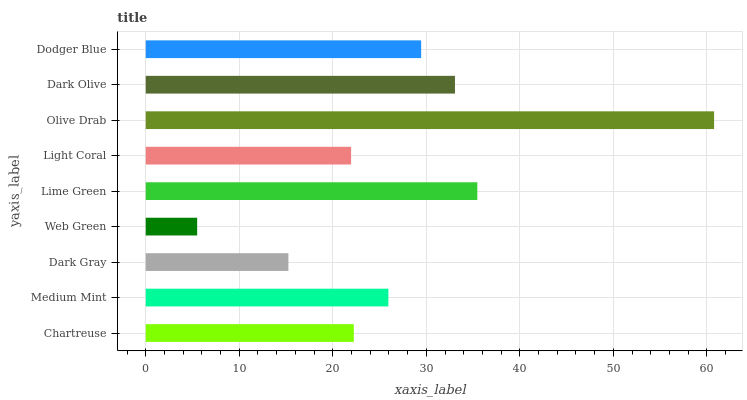
| yaxis_label | bars |
 | --- | --- |
 | Chartreuse | 22.2 |
 | Medium Mint | 25.9 |
 | Dark Gray | 15.3 |
 | Web Green | 5.5 |
 | Lime Green | 35.5 |
 | Light Coral | 22 |
 | Olive Drab | 60.8 |
 | Dark Olive | 33.1 |
 | Dodger Blue | 29.4 |